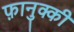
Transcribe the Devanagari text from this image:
फ़ानुक्की